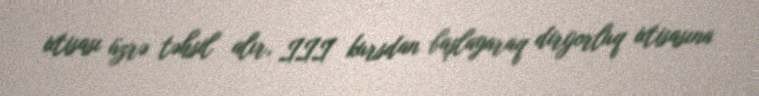
ixtisası üzrə təhsil alır, III kursdan başlayaraq dirijorluq ixtisasına